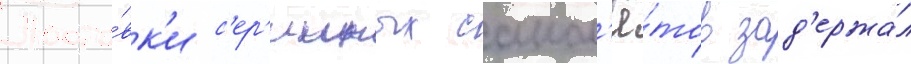
Поста́вк'и с'ер'ииных самол'ё́тов зад'ержа́л